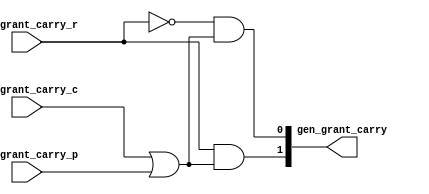
module module_gen_grant_carry(gen_grant_carry_c,
			      gen_grant_carry_r,
			      gen_grant_carry_p,
			      gen_grant_carry);
  // value method gen_grant_carry
  input  gen_grant_carry_c;
  input  gen_grant_carry_r;
  input  gen_grant_carry_p;
  output [1 : 0] gen_grant_carry;

  // signals for module outputs
  wire [1 : 0] gen_grant_carry;

  // value method gen_grant_carry
  assign gen_grant_carry =
	     { gen_grant_carry_r && (gen_grant_carry_c || gen_grant_carry_p),
	       !gen_grant_carry_r &&
	       (gen_grant_carry_c || gen_grant_carry_p) } ;
endmodule